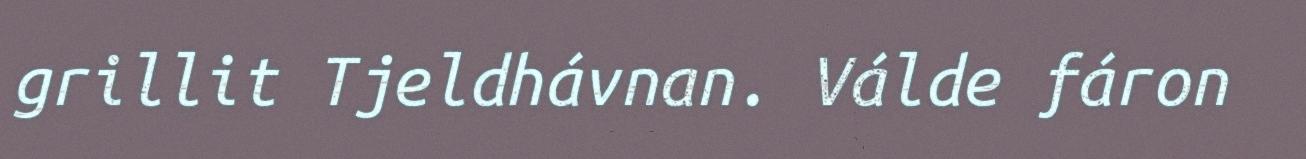
grillit Tjeldhávnan. Válde fáron